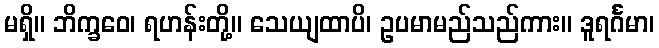
မရှိ။ ဘိက္ခဝေ၊ ရဟန်းတို့။ သေယျထာပိ၊ ဥပမာမည်သည်ကား။ ဒူရင်္ဂမာ၊